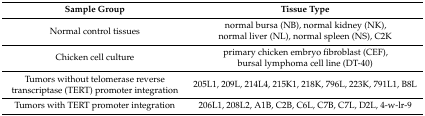
<table><thead><tr><td><b>Sample Group</b></td><td><b>Tissue Type</b></td></tr></thead><tbody><tr><td>Normal control tissues</td><td>normal bursa (NB), normal kidney (NK),normal liver (NL), normal spleen (NS), C2K</td></tr><tr><td>Chicken cell culture</td><td>primary chicken embryo fibroblast (CEF),bursal lymphoma cell line (DT-40)</td></tr><tr><td>Tumors without telomerase reverse transcriptase (TERT) promoter integration</td><td>205L1, 209L, 214L4, 215K1, 218K, 796L, 223K, 791L1, B8L</td></tr><tr><td>Tumors with TERT promoter integration</td><td>206L1, 208L2, A1B, C2B, C6L, C7B, C7L, D2L, 4-w-lr-9</td></tr></tbody></table>